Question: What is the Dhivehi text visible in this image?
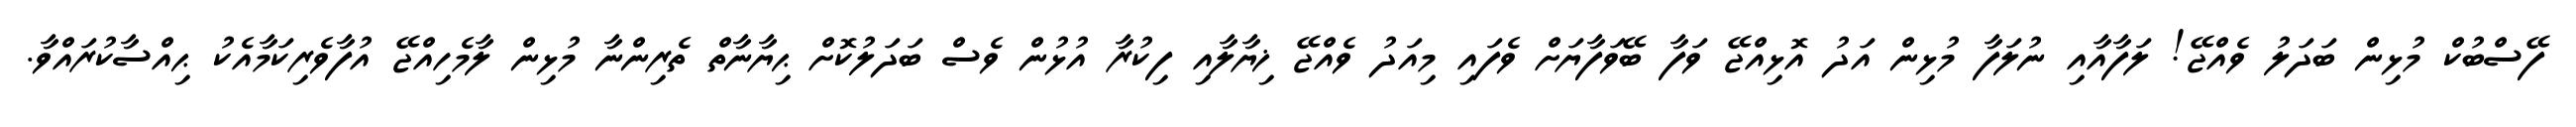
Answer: ފޭސްބުކް މުޅިން ބަދަލު ވެއްޖޭ! ލަފާއާއި ނުލަފާ މުޅިން އަދު އޮޅިއްޖޭ ވަފާ ބޭވަފާޔަށް ވެފައި މިއަދު ވެއްޖޭ ޚިޔާލާއި ފިކުރާ އުޅުން ވެސް ބަދަލުކޮށް ޙިޔާނާތް ތެރިންނާ މުޅިން ލާމެހިއްޖޭ އުފާވެރިކަމާއެކު ޙިއްސާކުރައްވާ.